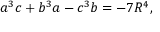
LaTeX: a ^ { 3 } c + b ^ { 3 } a - c ^ { 3 } b = - 7 R ^ { 4 } ,